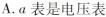
A.a表是电压表